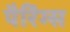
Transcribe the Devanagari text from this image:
पैरिंग्स